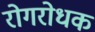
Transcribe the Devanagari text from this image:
रोगरोधक